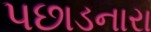
પછાડનારા